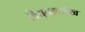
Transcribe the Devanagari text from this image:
विद्युतहृदलेख